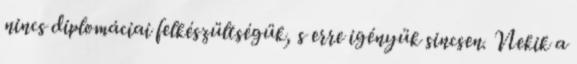
nincs diplomáciai felkészültségük, s erre igényük sincsen. Nekik a